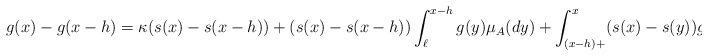
\begin{align*}g(x)-g(x-h)=\kappa(s(x)-s(x-h)) +(s(x)-s(x-h))\int_{\ell}^{x-h}g(y)\mu_A(dy) + \int_{(x-h)+}^{x}(s(x)-s(y))g(y)\mu_A(dy),\end{align*}